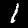
Label: 1